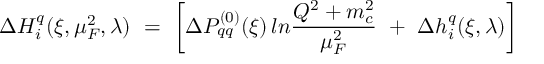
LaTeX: \Delta H _ { i } ^ { q } ( \xi , \mu _ { F } ^ { 2 } , \lambda ) \ = \ \left[ \Delta P _ { q q } ^ { ( 0 ) } ( \xi ) \, l n \frac { Q ^ { 2 } + m _ { c } ^ { 2 } } { \mu _ { F } ^ { 2 } } \ + \ \Delta h _ { i } ^ { q } ( \xi , \lambda ) \right]